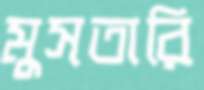
মুসতারি